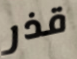
قذر